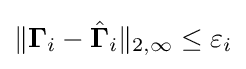
{\textstyle \|\mathbf {\Gamma } _{i}-{\hat {\mathbf {\Gamma } }}_{i}\|_{2,\infty }\leq \varepsilon _{i}}